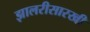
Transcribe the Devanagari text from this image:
झालरीसारखी